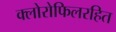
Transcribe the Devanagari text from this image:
क्लोरोफिलरहित